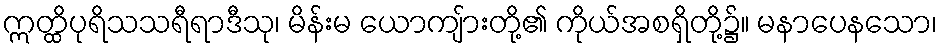
ဣတ္ထိပုရိသသရီရာဒီသု၊ မိန်းမ ယောကျ်ားတို့၏ ကိုယ်အစရှိတို့၌။ မနာပေနသော၊